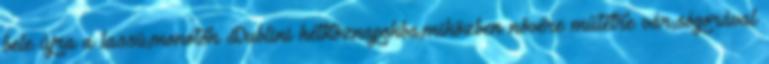
bele újra a lassú,monoton Dublini hétköznapokba,miközben nővére műtétre vár,sógorával